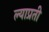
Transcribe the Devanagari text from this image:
ल्याप्रती